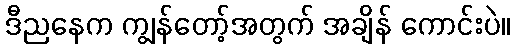
ဒီညနေက ကျွန်တော့်အတွက် အချိန် ကောင်းပဲ။